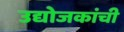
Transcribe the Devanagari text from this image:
उद्योजकांची